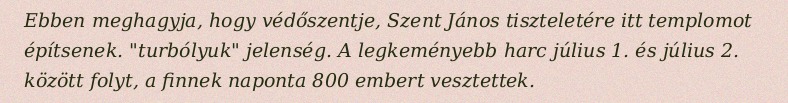
Ebben meghagyja, hogy védőszentje, Szent János tiszteletére itt templomot építsenek. "turbólyuk" jelenség. A legkeményebb harc július 1. és július 2. között folyt, a finnek naponta 800 embert vesztettek.